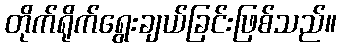
တိုက်ရိုက်ရွေးချယ်ခြင်းဖြစ်သည်။